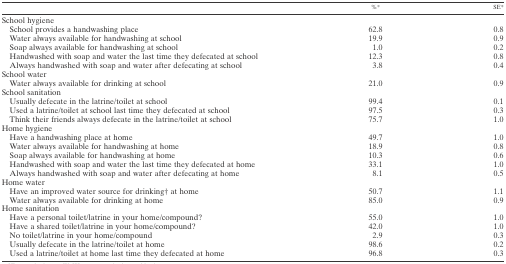
<table><thead><tr><td></td><td><b>%*</b></td><td><b>SE*</b></td></tr></thead><tbody><tr><td colspan="3">School hygiene</td></tr><tr><td> School provides a handwashing place</td><td>62.8</td><td>0.8</td></tr><tr><td> Water always available for handwashing at school</td><td>19.9</td><td>0.9</td></tr><tr><td> Soap always available for handwashing at school</td><td>1.0</td><td>0.2</td></tr><tr><td> Handwashed with soap and water the last time they defecated at school</td><td>12.3</td><td>0.8</td></tr><tr><td> Always handwashed with soap and water after defecating at school</td><td>3.8</td><td>0.4</td></tr><tr><td colspan="3">School water</td></tr><tr><td> Water always available for drinking at school</td><td>21.0</td><td>0.9</td></tr><tr><td colspan="3">School sanitation</td></tr><tr><td> Usually defecate in the latrine/toilet at school</td><td>99.4</td><td>0.1</td></tr><tr><td> Used a latrine/toilet at school last time they defecated at school</td><td>97.5</td><td>0.3</td></tr><tr><td> Think their friends always defecate in the latrine/toilet at school</td><td>75.7</td><td>1.0</td></tr><tr><td colspan="3">Home hygiene</td></tr><tr><td> Have a handwashing place at home</td><td>49.7</td><td>1.0</td></tr><tr><td> Water always available for handwashing at home</td><td>18.9</td><td>0.8</td></tr><tr><td> Soap always available for handwashing at home</td><td>10.3</td><td>0.6</td></tr><tr><td> Handwashed with soap and water the last time they defecated at home</td><td>33.1</td><td>1.0</td></tr><tr><td> Always handwashed with soap and water after defecating at home</td><td>8.1</td><td>0.5</td></tr><tr><td colspan="3">Home water</td></tr><tr><td> Have an improved water source for drinking† at home</td><td>50.7</td><td>1.08</td></tr><tr><td> Water always available for drinking at home</td><td>85.0</td><td>0.9</td></tr><tr><td colspan="3">Home sanitation</td></tr><tr><td> Have a personal toilet/latrine in your home/compound?</td><td>55.0</td><td>1.0</td></tr><tr><td> Have a shared toilet/latrine in your home/compound?</td><td>42.0</td><td>1.0</td></tr><tr><td> No toilet/latrine in your home/compound</td><td>2.9</td><td>0.3</td></tr><tr><td> Usually defecate in the latrine/toilet at home</td><td>98.6</td><td>0.2</td></tr><tr><td> Used a latrine/toilet at home last time they defecated at home</td><td>96.8</td><td>0.3</td></tr></tbody></table>